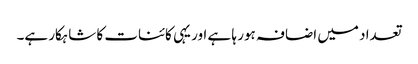
تعداد میں اضافہ ہور ہا ہے اور یہی کائنات کا شاہکار ہے۔